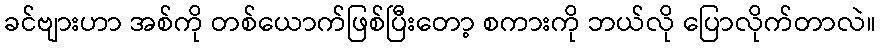
ခင်ဗျားဟာ အစ်ကို တစ်ယောက်ဖြစ်ပြီးတော့ စကားကို ဘယ်လို ပြောလိုက်တာလဲ။